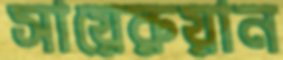
সায়েরুয়ান